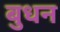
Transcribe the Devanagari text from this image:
बुधन